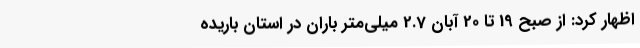
اظهار کرد: از صبح 19 تا 20 آبان 2.7 میلی‌متر باران در استان باریده